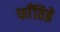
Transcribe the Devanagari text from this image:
फाँतिब्रे